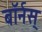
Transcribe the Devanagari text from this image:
बॉर्नस्